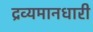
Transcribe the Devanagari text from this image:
द्रव्यमानधारी